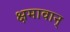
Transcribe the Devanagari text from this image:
क्षमावान्